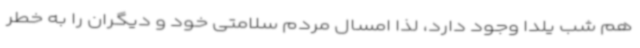
هم شب یلدا وجود دارد، لذا امسال مردم سلامتی خود و دیگران را به خطر